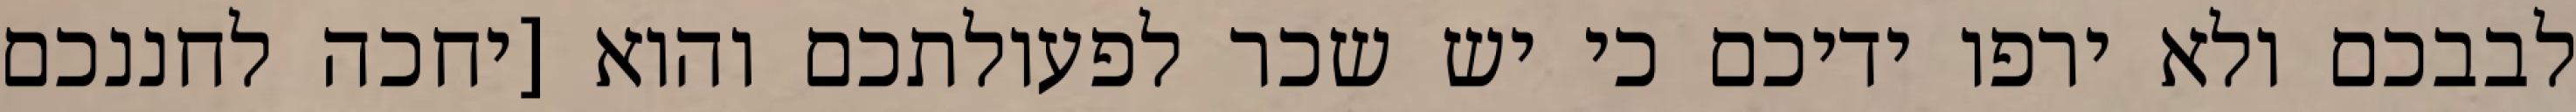
לבבכם ולא ירפו ידיכם כי יש שכר לפעולתכם והוא [יחכה לחננכם